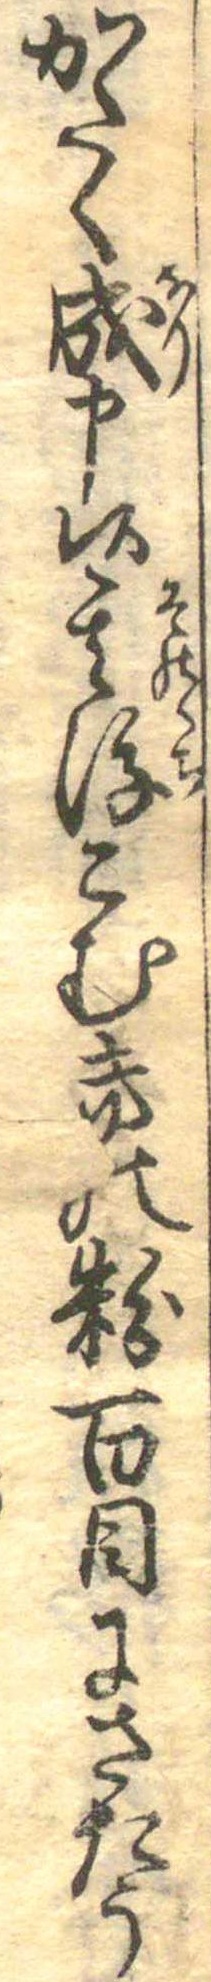
かたく成申候其後こむきの粉百目にさたう